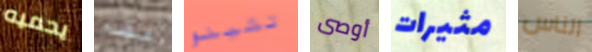
يحميه مقدم تشينو أوصى مثيرات الناس